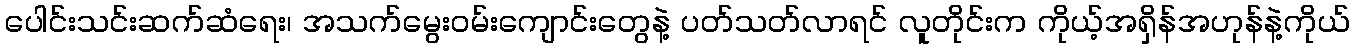
ပေါင်းသင်းဆက်ဆံရေး၊ အသက်မွေးဝမ်းကျောင်းတွေနဲ့ ပတ်သတ်လာရင် လူတိုင်းက ကိုယ့်အရှိန်အဟုန်နဲ့ကိုယ်